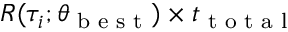
R ( \tau _ { i } ; \theta _ { \textrm { b e s t } } ) \times t _ { \textrm { t o t a l } }